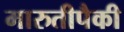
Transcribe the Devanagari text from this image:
मारुतीपैकी